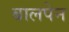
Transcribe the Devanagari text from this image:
बालपेन